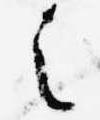
之